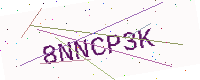
Text: 8NNCP3K